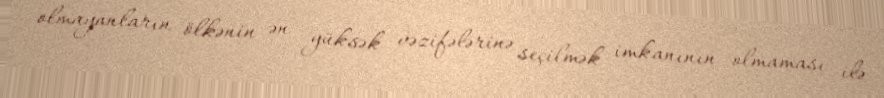
olmayanların ölkənin ən yüksək vəzifələrinə seçilmək imkanının olmaması ilə